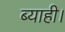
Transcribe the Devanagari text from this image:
ब्याही।